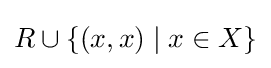
R\cup \{(x,x)\mid x\in X\}